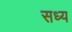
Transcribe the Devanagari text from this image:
सध्य